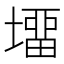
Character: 㙧